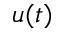
u ( t )